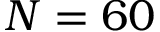
N = 6 0